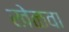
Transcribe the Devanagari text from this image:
खेळवा